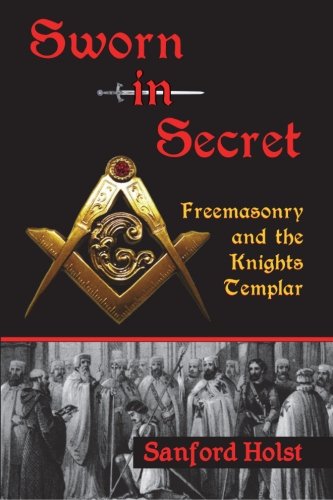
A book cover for Sworn in Secret: Freemasonry and the Knights Templar; Sanford Holst; Religion & Spirituality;